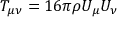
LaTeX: T _ { \mu \nu } = 1 6 \pi \rho U _ { \mu } U _ { \nu }